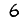
Digit: 6